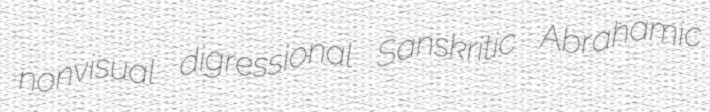
nonvisual digressional Sanskritic Abrahamic